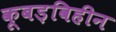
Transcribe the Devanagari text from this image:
कूबड़विहीन